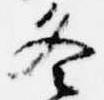
冬